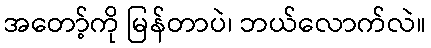
အတော့်ကို မြန်တာပဲ၊ ဘယ်လောက်လဲ။